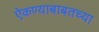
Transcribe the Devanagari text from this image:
ऐकण्याबाबतच्या